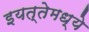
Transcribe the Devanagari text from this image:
इयत्तेमध्ये